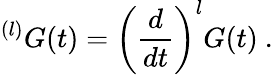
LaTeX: {}^{(l)}G(t)=\left({\frac{d}{dt}}\right)^{l}G(t)\ .